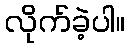
လိုက်ခဲ့ပါ။